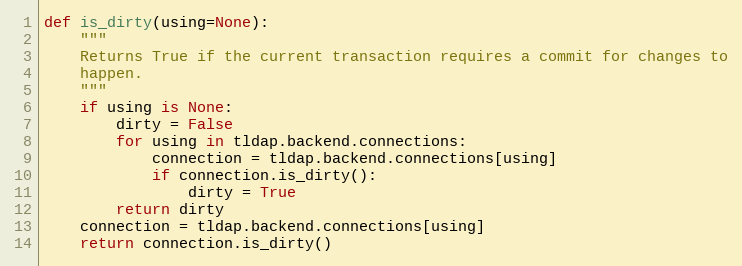
Language: Python
def is_dirty(using=None):
    """
    Returns True if the current transaction requires a commit for changes to
    happen.
    """
    if using is None:
        dirty = False
        for using in tldap.backend.connections:
            connection = tldap.backend.connections[using]
            if connection.is_dirty():
                dirty = True
        return dirty
    connection = tldap.backend.connections[using]
    return connection.is_dirty()